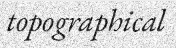
topographical